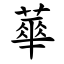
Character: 蕐